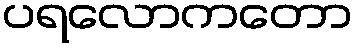
ပရလောကတော